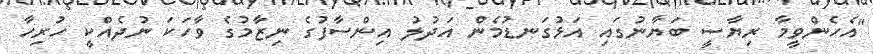
"އެހެންވީމާ ރިޔާސީ ބަޔާނުގައި އަޅުގަނޑުމެން އަދުލު އިންސާފުގެ ނިޒާމުގެ ވާހަކަ ނުދެއްކީ ހުރިހާ